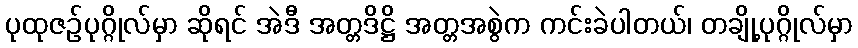
ပုထုဇဉ်ပုဂ္ဂိုလ်မှာ ဆိုရင် အဲဒီ အတ္တဒိဋ္ဌိ အတ္တအစွဲက ကင်းခဲပါတယ်၊ တချို့ပုဂ္ဂိုလ်မှာ